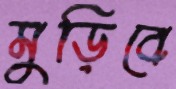
মুড়িবে